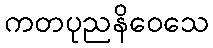
ကတပုညနိဝေသေ